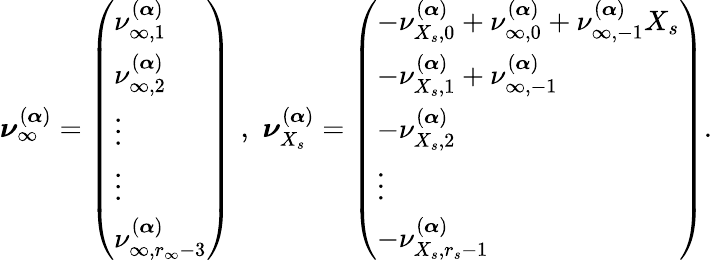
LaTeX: \boldsymbol{\nu}_{\infty}^{(\boldsymbol{\alpha})}=\left(\begin{array}{l}{\nu_{\infty,1}^{(\boldsymbol{\alpha})}}\\ {\nu_{\infty,2}^{(\boldsymbol{\alpha})}}\\ {\vdots}\\ {\vdots}\\ {\nu_{\infty,r_{\infty}-3}^{(\boldsymbol{\alpha})}}\end{array}\right)\, \, ,\, \, \boldsymbol{\nu}_{X_{s}}^{(\boldsymbol{\alpha})}=\left(\begin{array}{l}{-\nu_{{X_{s}},0}^{(\boldsymbol{\alpha})}+\nu_{\infty,0}^{(\boldsymbol{\alpha})}+\nu_{\infty,-1}^{(\boldsymbol{\alpha})}X_{s}}\\ {-\nu_{{X_{s}},1}^{(\boldsymbol{\alpha})}+\nu_{\infty,-1}^{(\boldsymbol{\alpha})}}\\ {-\nu_{{X_{s}},2}^{(\boldsymbol{\alpha})}}\\ {\vdots}\\ {-\nu_{{X_{s}},r_{s}-1}^{(\boldsymbol{\alpha})}}\end{array}\right).